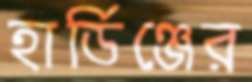
হার্ডিঞ্জের